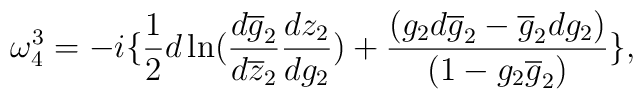
\omega^{3}_{4} = - i \{ \frac{1}{2}d\ln (\frac{d\overline{g}_{2}}{d\overline{z}_{2}}\frac {dz_{2}}{dg_{2}}) + \frac {(g_{2}d\overline{g}_{2}- \overline{g}_{2}dg_{2})}{(1- g_{2}\overline{g}_{2})} \},